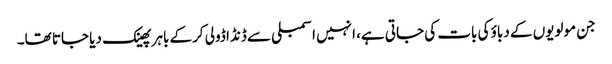
جن مولویوں کے دباؤ کی بات کی جاتی ہے، انہیں اسمبلی سے ڈنڈا ڈولی کرکے باہر پھینک دیا جاتا تھا۔